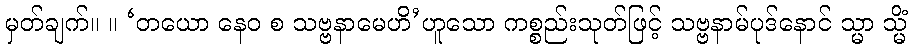
မှတ်ချက်။ ။ ‘တယော နေဝ စ သဗ္ဗနာမေဟိ’ဟူသော ကစ္စည်းသုတ်ဖြင့် သဗ္ဗနာမ်ပုဒ်နောင် သ္မာ သ္မိံ